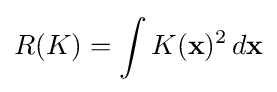
R(K)=\int K(\mathbf {x} )^{2}\,d\mathbf {x}